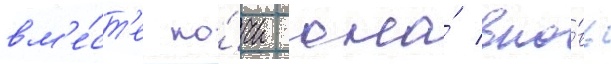
вм'е́ст'е но́чи она́ вно́вь